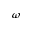
\omega